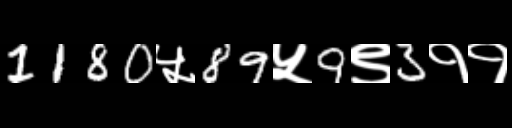
Text: 1180५89५9९3११